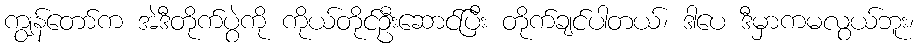
ကျွန်တော်က အဲဒီတိုက်ပွဲကို ကိုယ်တိုင်ဦးဆောင်ပြီး တိုက်ချင်ပါတယ်၊ ဒါပေ ဒီမှာကမလွယ်ဘူး၊